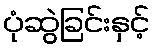
ပုံဆွဲခြင်းနှင့်